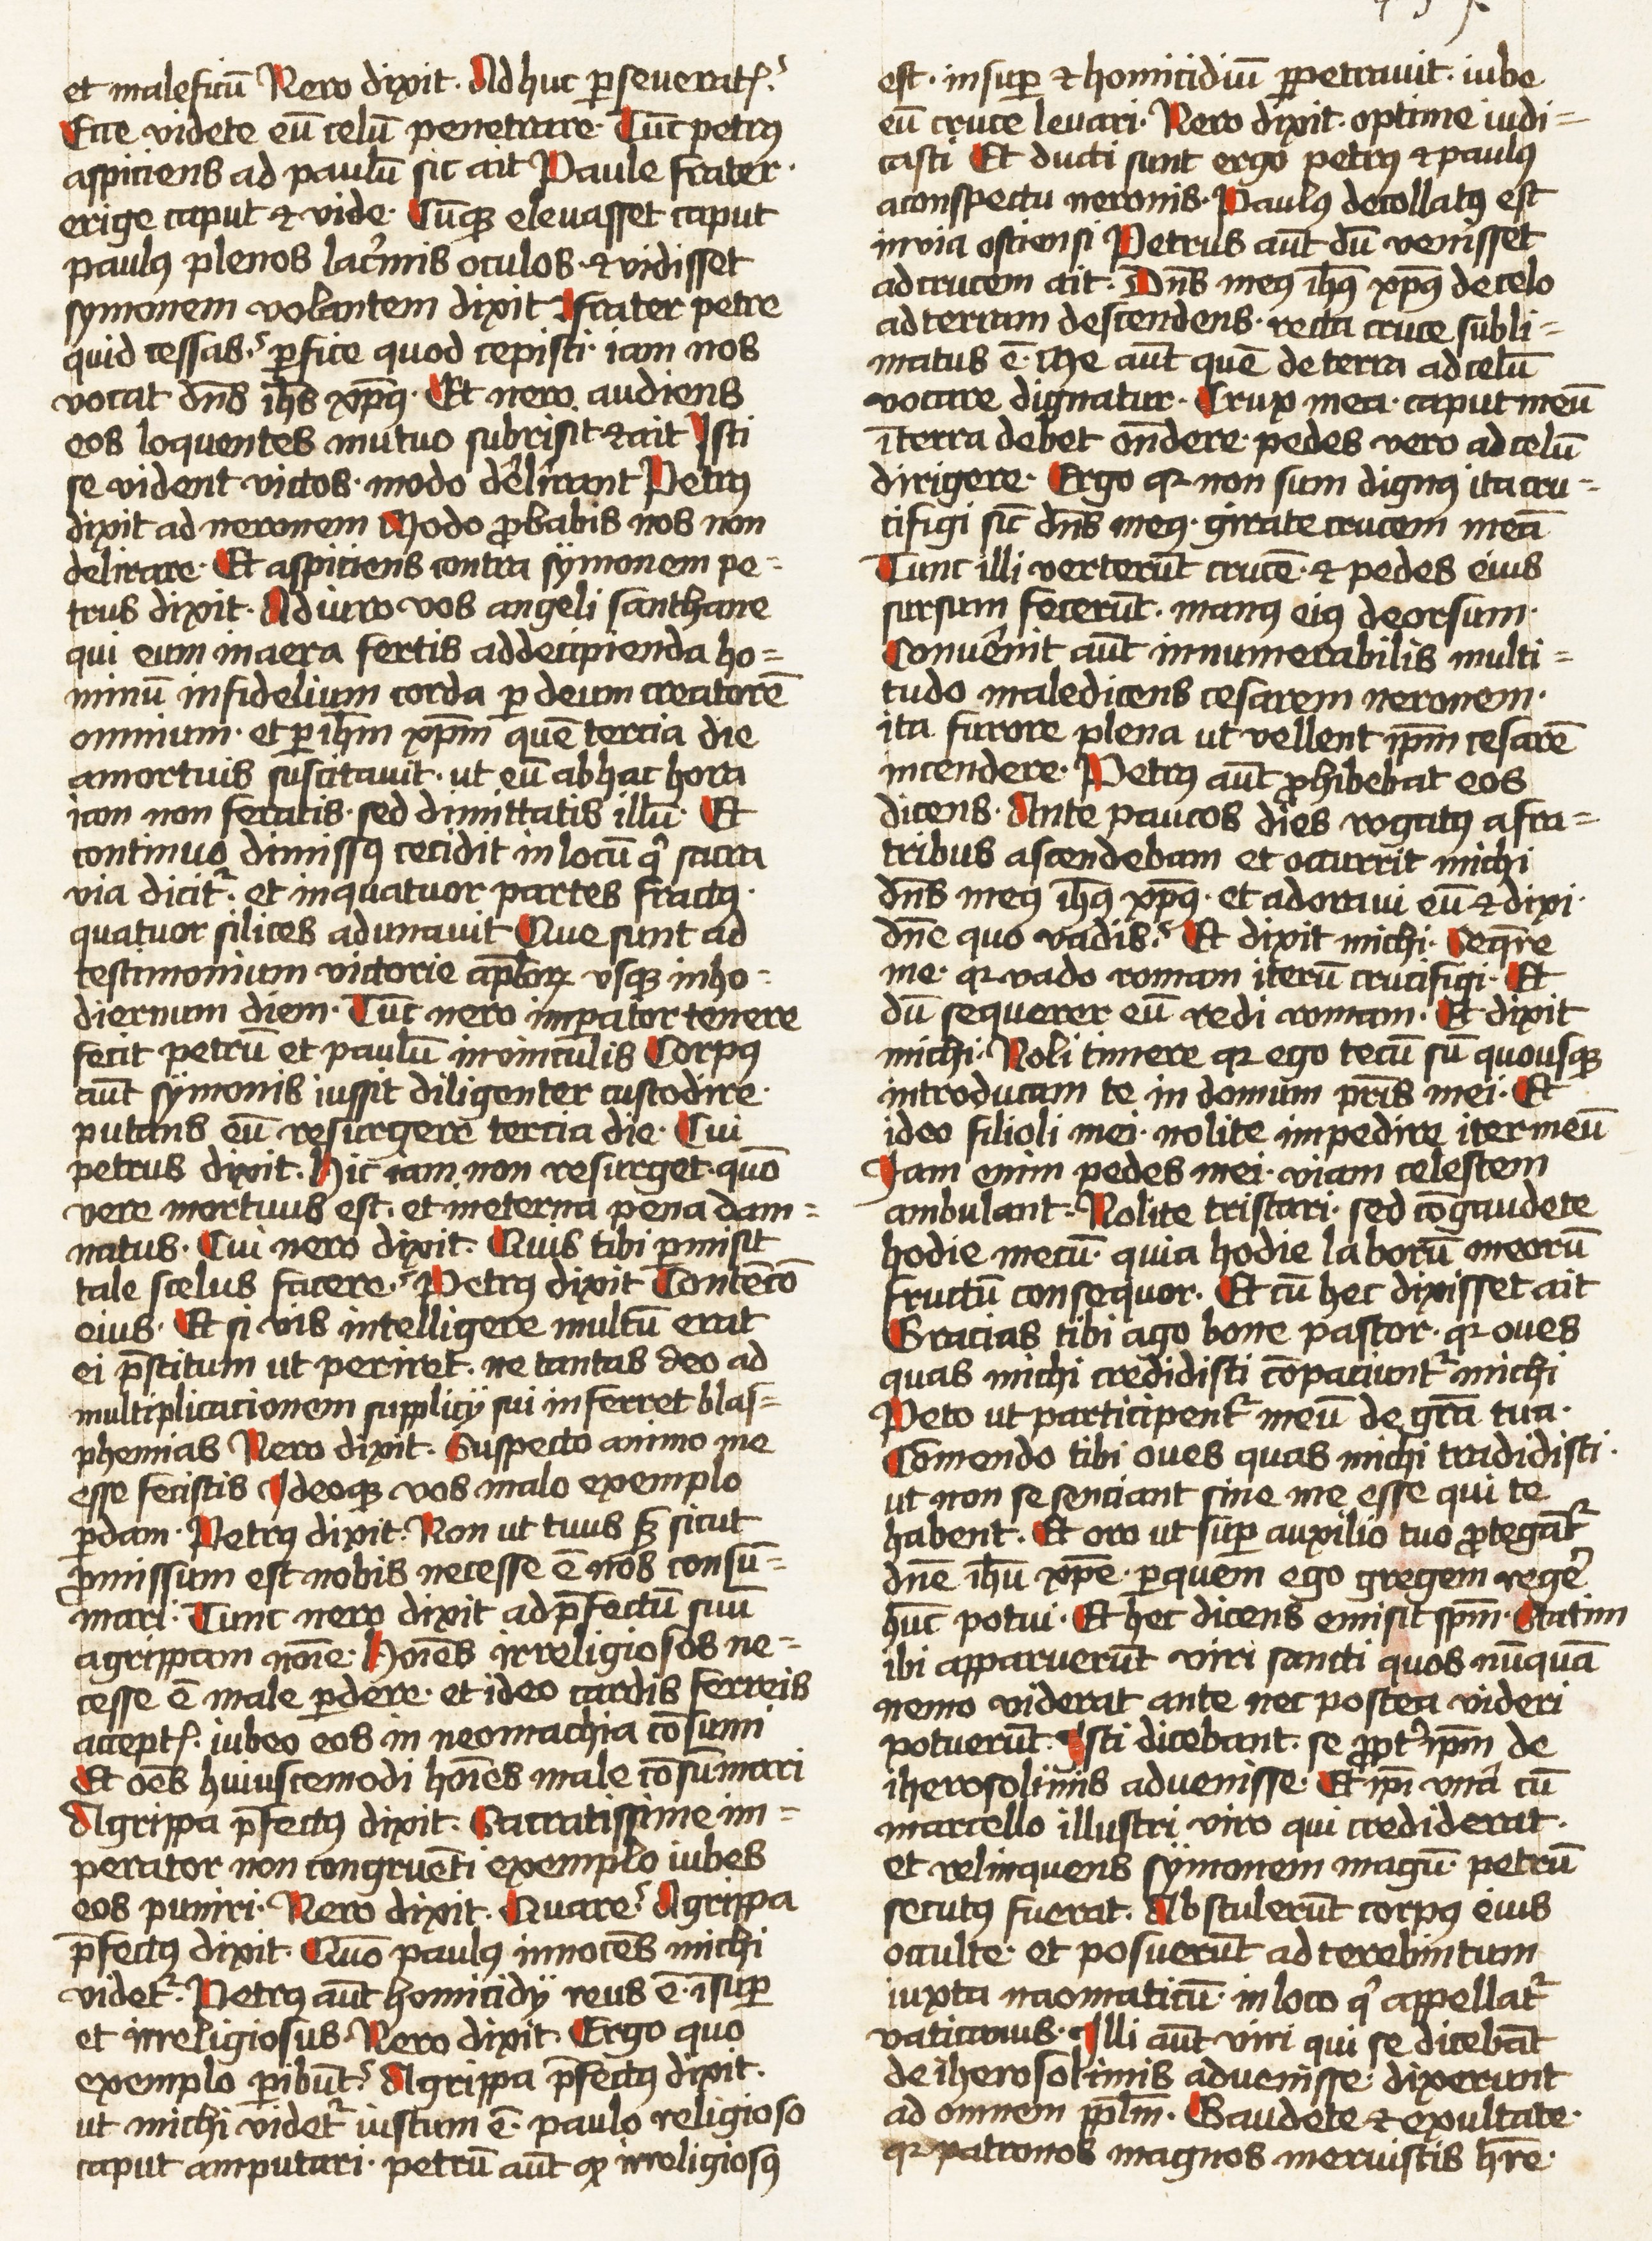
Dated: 1452–1459